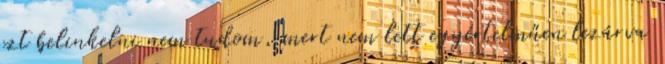
ezt belinkelni nem tudom, mert nem lett egyértelműen lezárva